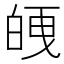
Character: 𭽘